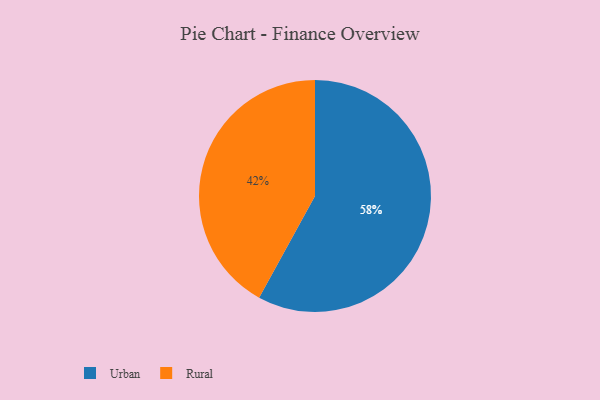
{"axis": {"x": "Category", "y": "Percentage"}, "legend": ["Rural", "Urban"], "data": [{"x": "Urban", "y": 58, "type": "Urban"}, {"x": "Rural", "y": 42, "type": "Rural"}]}